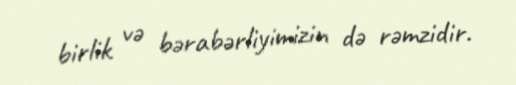
birlik və bərabərliyimizin də rəmzidir.